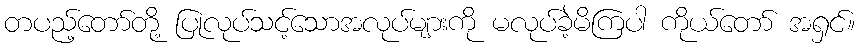
တပည့်တော်တို့ ပြုလုပ်သင့်သောအလုပ်များကို မလုပ်ခဲ့မိကြပါ ကိုယ်တော် အရှင်။